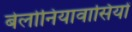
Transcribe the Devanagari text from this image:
बेलोनियावासियों